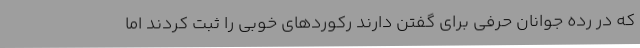
که در رده جوانان حرفی برای گفتن دارند رکوردهای خوبی را ثبت کردند اما